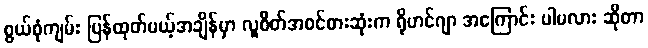
စွယ်စုံကျမ်း ပြန်ထုတ်မယ့်အချိန်မှာ လူစိတ်အဝင်စားဆုံးက ရိုဟင်ဂျာ အကြောင်း ပါမလား ဆိုတာ